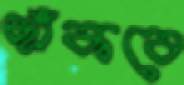
ছাঁকবে